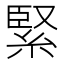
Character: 緊